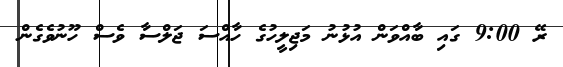
ރޭ 9:00 ގައި ބާއްވަން އުޅުނު މަޖިލީހުގެ ހާއްސަ ޖަލްސާ ވެސް ހޫނުވެގެން